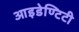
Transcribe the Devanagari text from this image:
आइडेण्टिटी